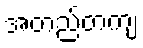
အတည်တကျ